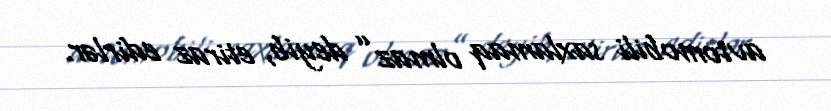
avtomobili saxlamaq olmaz” deyib, etiraz edirlər.